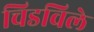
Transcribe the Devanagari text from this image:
चिडविले